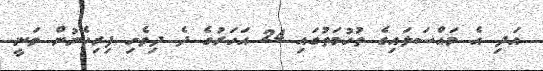
އަދި އެ މައްސަލައިގެ ތުހުމަތުގައި 24 އަހަރުގެ ދެ ދިވެހި ފިރިހެނުން ވަނީ